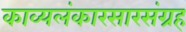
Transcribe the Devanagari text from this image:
काव्यलंकारसारसंग्रह